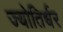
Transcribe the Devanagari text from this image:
ज्योतिर्धर